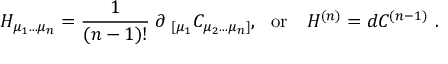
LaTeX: H _ { \mu _ { 1 } . . . \mu _ { n } } = { \frac { 1 } { ( n - 1 ) ! } } \; \partial _ { \ [ \mu _ { 1 } } C _ { \mu _ { 2 } . . . \mu _ { n } ] } , \ \ \mathrm { o r } \ \ \ H ^ { ( n ) } = d C ^ { ( n - 1 ) } \ .